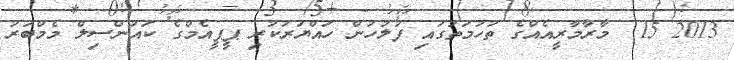
2013 15  މާރާމާރީއެއްގެ ތުހުމަތުގައި ފުލުހުން ހައްޔަރުކުރި ޕީޕީއެމްގެ ކައުންސިލް މެމްބަރު